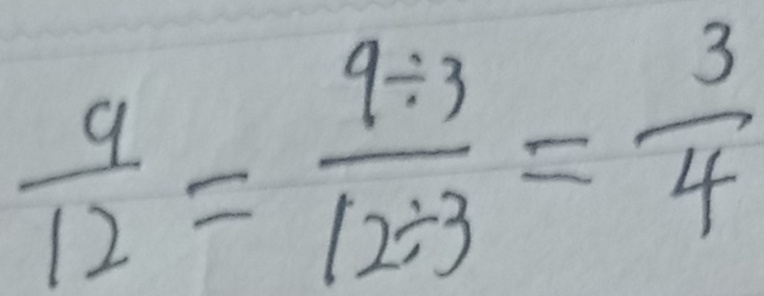
\frac { 9 } { 1 2 } = \frac { 9 \div 3 } { 1 2 \div 3 } = \frac { 3 } { 4 }